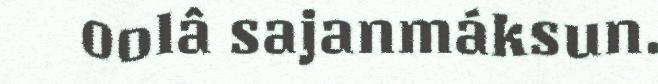
oolâ sajanmáksun.